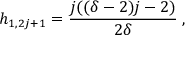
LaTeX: h _ { 1 , 2 j + 1 } = \frac { j ( ( \delta - 2 ) j - 2 ) } { 2 \delta } \; ,